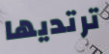
ترتديها